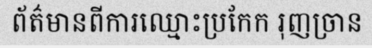
ព័ត៌មានពីការឈ្មោះប្រកែក រុញច្រាន